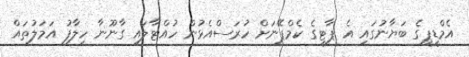
އެމްޑީޕީގެ ބަޔާނުގައި އެ ޕާޓީގެ ކެމްޕޭނަށް ހުރަސްއެޅުން ހުއްޓާލައި ގާނޫނާ ހިލާފު އަމަލުތައް